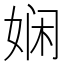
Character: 娴